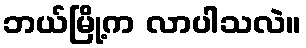
ဘယ်မြို့က လာပါသလဲ။